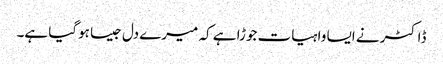
ڈاکٹر نے ایسا واہیات جوڑا ہے کہ میرے دل جیسا ہوگیا ہے۔